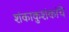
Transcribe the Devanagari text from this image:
शंकाकुशंकांचे